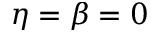
\eta = \beta = 0